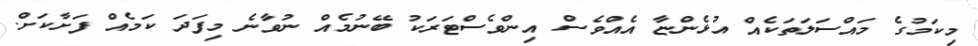
މިކަމުގެ މައްސަލަތަކެއް އުޅެންޏާ އެއްވެސް އިންވެސްޓަރަކު ބޭނުމެއް ނުވާނެ މިފަދަ ކަމެއް ފަށާކަށް.